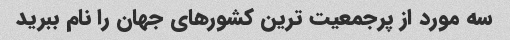
سه مورد از پرجمعیت ترین کشورهای جهان را نام ببرید